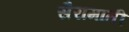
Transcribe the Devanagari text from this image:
सैरामाती